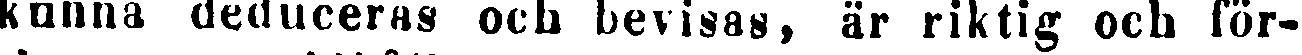
kunna deduceras ocb bevisas, är riktig och för-